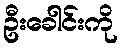
ဦးခေါင်းကို